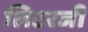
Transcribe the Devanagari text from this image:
लिटरजी